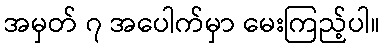
အမှတ် ၇ အပေါက်မှာ မေးကြည့်ပါ။